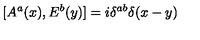
[ A ^ { a } ( x ) , E ^ { b } ( y ) ] = i \delta ^ { a b } \delta ( x - y )